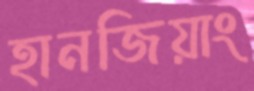
হানজিয়াং